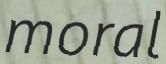
moral